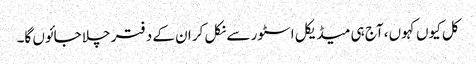
کل کیوں کہوں، آج ہی میڈیکل اسٹور سے نکل کر ان کے دفتر چلا جائوں گا۔